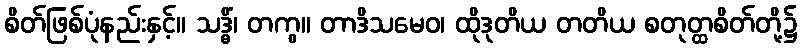
စိတ်ဖြစ်ပုံနည်းနှင့်။ သဒ္ဓိံ၊ တကွ။ တာဒိသမေဝ၊ ထိုဒုတိယ တတိယ စတုတ္ထစိတ်တို့၌